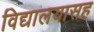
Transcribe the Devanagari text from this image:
विद्यालयासह